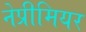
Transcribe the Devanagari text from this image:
नेप्रीमियर